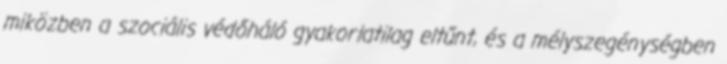
miközben a szociális védőháló gyakorlatilag eltűnt, és a mélyszegénységben